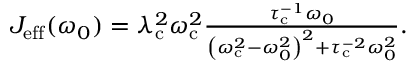
\begin{array} { r l } & { J _ { \mathrm { e f f } } ( \omega _ { 0 } ) = \lambda _ { \mathrm { c } } ^ { 2 } \omega _ { \mathrm { c } } ^ { 2 } \frac { \tau _ { \mathrm { c } } ^ { - 1 } \omega _ { 0 } } { \left( \omega _ { \mathrm { c } } ^ { 2 } - \omega _ { 0 } ^ { 2 } \right) ^ { 2 } + \tau _ { \mathrm { c } } ^ { - 2 } \omega _ { 0 } ^ { 2 } } . } \end{array}